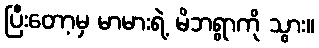
ပြီးတော့မှ မာမားရဲ့ မိဘရွာကို သွား။